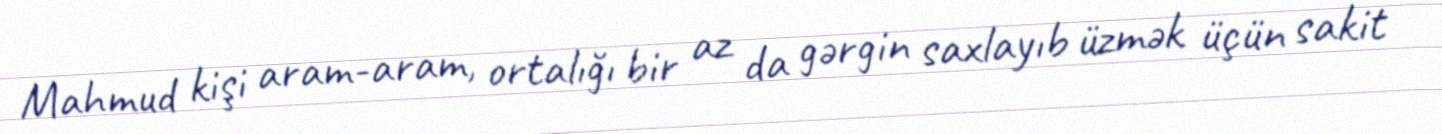
Mahmud kişi aram-aram, ortalığı bir az da gərgin saxlayıb üzmək üçün sakit